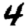
Digit: 4